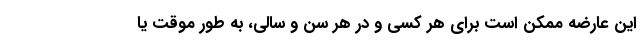
این عارضه ممکن است برای هر کسی و در هر سن و سالی، به طور موقت یا